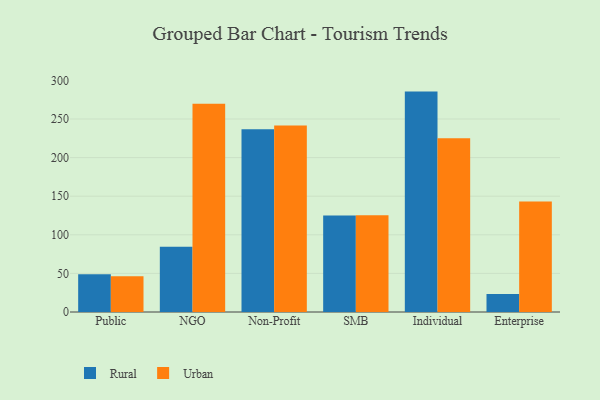
{"axis": {"x": "Segment", "y": "Bounce Rate (%)"}, "legend": ["Rural", "Urban"], "data": [{"x": "Public", "y": 49.0, "type": "Rural"}, {"x": "Public", "y": 46.2, "type": "Urban"}, {"x": "NGO", "y": 84.4, "type": "Rural"}, {"x": "NGO", "y": 269.6, "type": "Urban"}, {"x": "Non-Profit", "y": 236.7, "type": "Rural"}, {"x": "Non-Profit", "y": 241.6, "type": "Urban"}, {"x": "SMB", "y": 124.9, "type": "Rural"}, {"x": "SMB", "y": 125.4, "type": "Urban"}, {"x": "Individual", "y": 285.5, "type": "Rural"}, {"x": "Individual", "y": 225.1, "type": "Urban"}, {"x": "Enterprise", "y": 23.4, "type": "Rural"}, {"x": "Enterprise", "y": 143.2, "type": "Urban"}]}